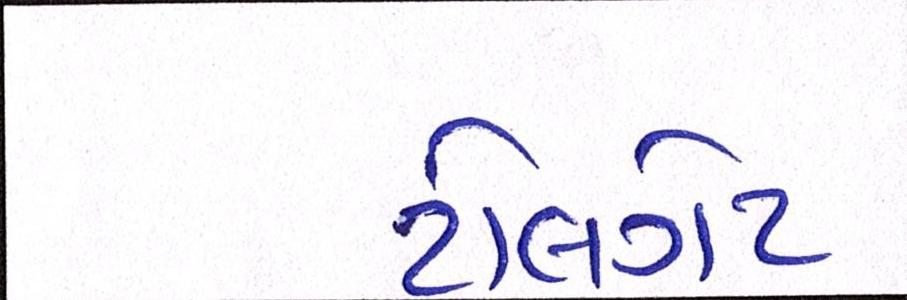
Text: ટોલગેટ